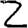
Digit: 2